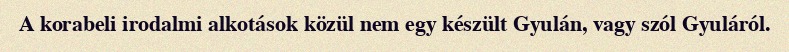
A korabeli irodalmi alkotások közül nem egy készült Gyulán, vagy szól Gyuláról.